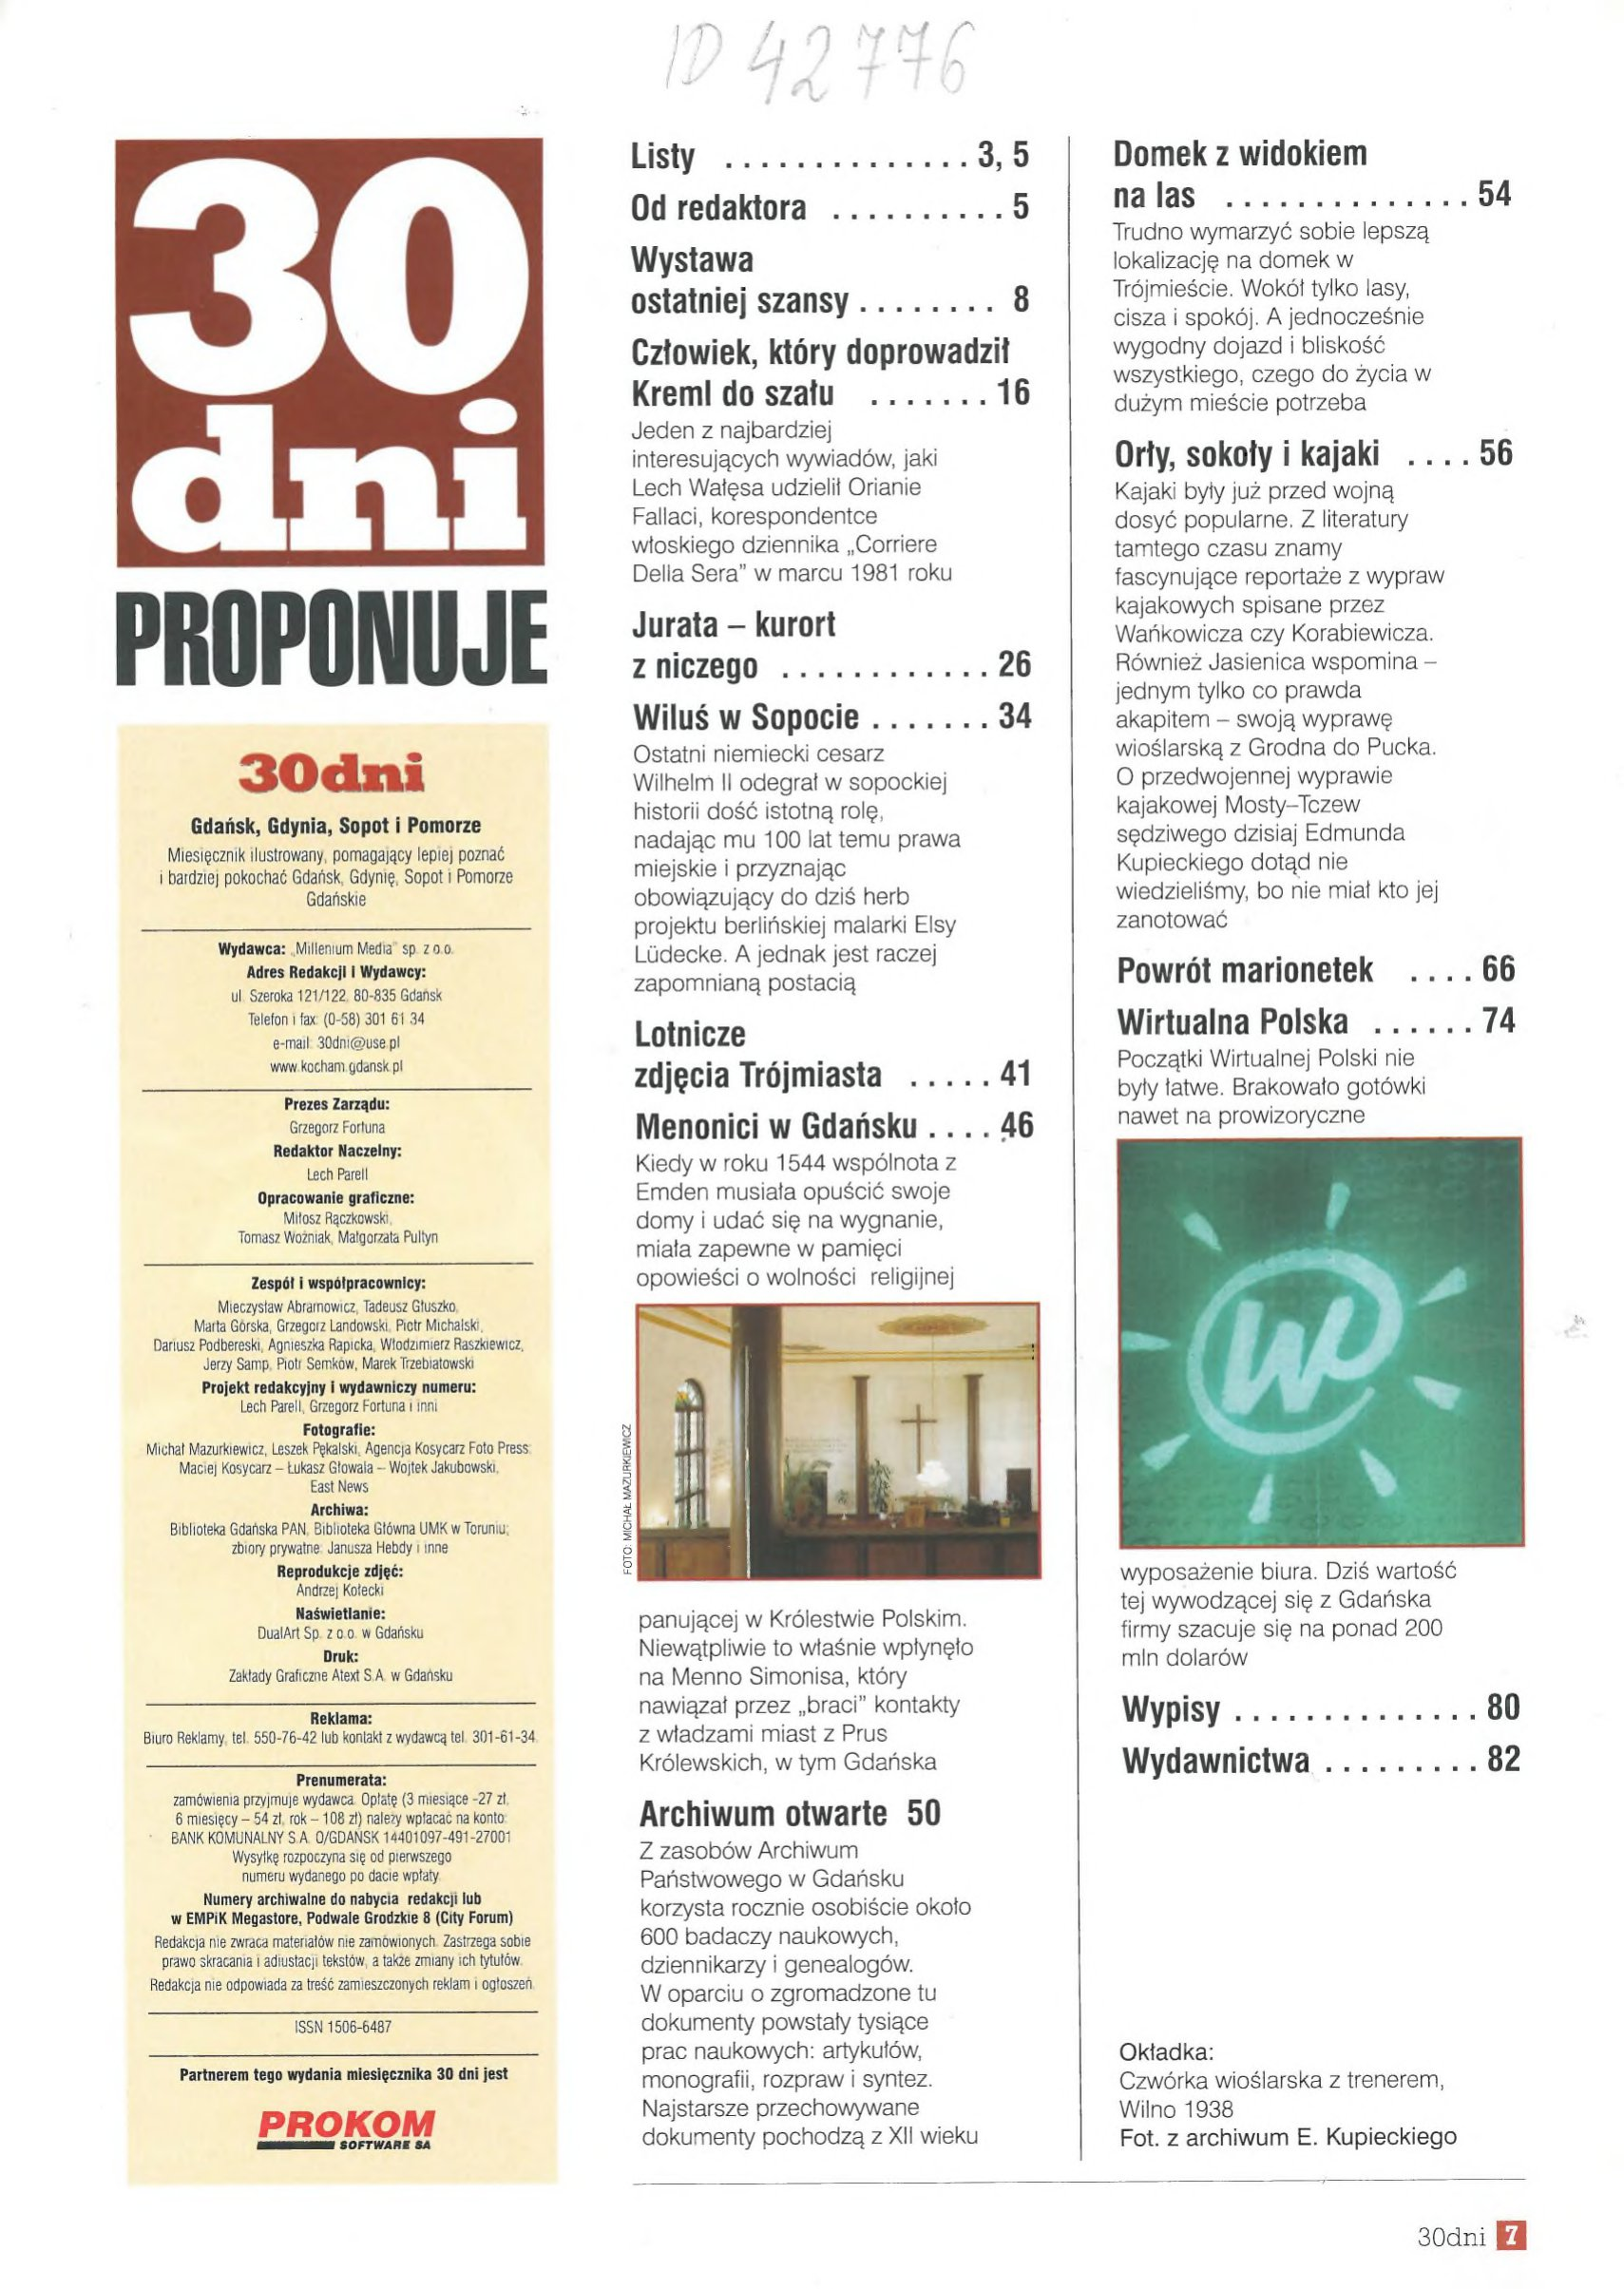
Language: pl